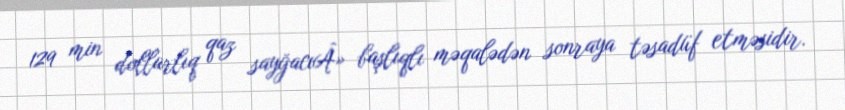
129 min dollarlıq qaz sayğacıÂ» başlıqlı məqalədən sonraya təsadüf etməsidir.